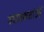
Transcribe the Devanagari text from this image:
उद्यमकर्ताओं